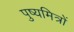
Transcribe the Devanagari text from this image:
पुष्यमित्रों